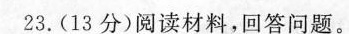
23.(13分)阅读材料，回答问题。